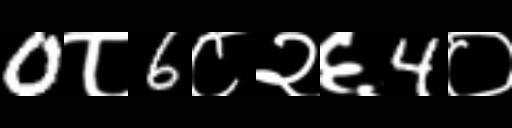
Text: 0८6८२६4०